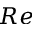
R e